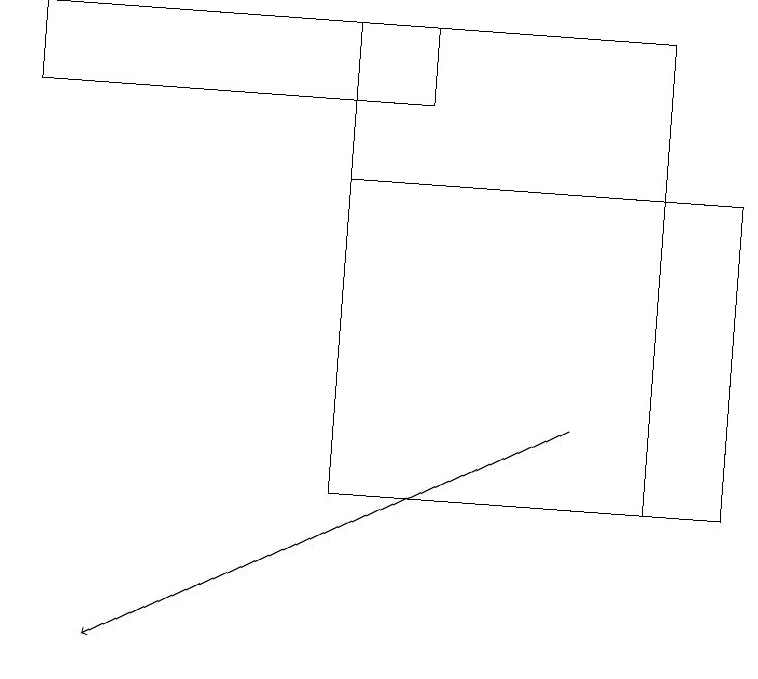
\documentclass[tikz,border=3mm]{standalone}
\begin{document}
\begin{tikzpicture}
\draw[->] (7,14) -- (1,11);
\draw (9,13) rectangle (4,17);
\draw (0,19) rectangle (5,18);
\draw (4,13) rectangle (8,19);
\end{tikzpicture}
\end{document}